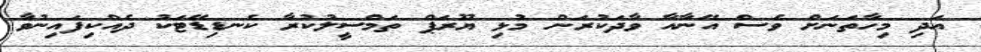
އަދި މިހާތަަނަށް ވެސް އޭނާއާ ވާދަކުރަން މުޅި ޔޫރަޕް ތަމްސީލުކުރާ ކެނޑިޑޭޓަކު ދެެއްކިފައިނުވާ